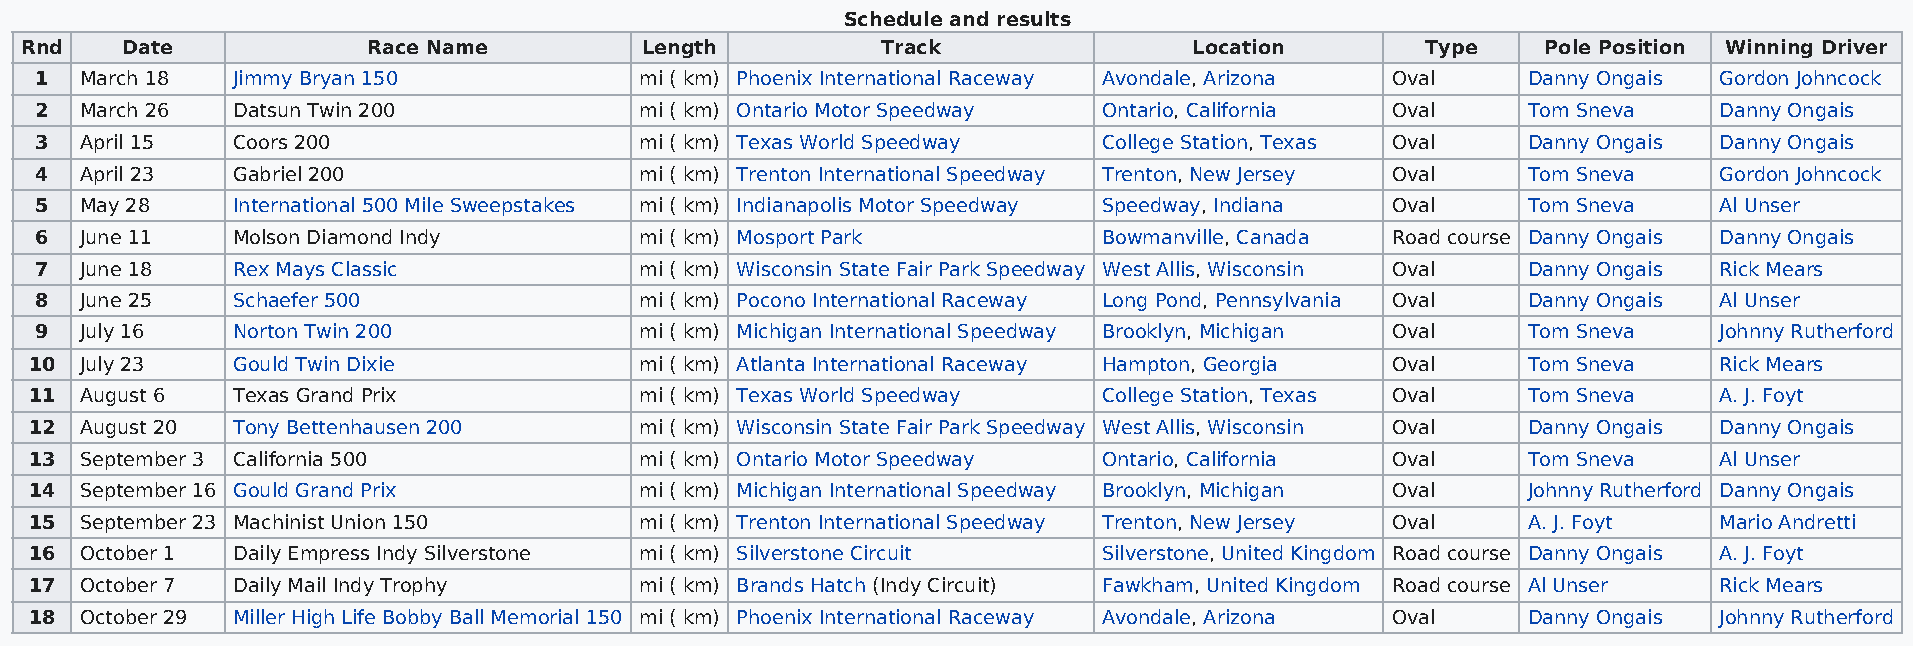
Schedule and results
 Rnd    Date            Race Name         Length          Track                Location       Type    Pole Position Winning Driver
 1  March 18  Jimmy Bryan 150            mi ( km) Phoenix International Raceway Avondale, Arizona Oval Danny Ongais Gordon Johncock
 2  March 26  Datsun Twin 200            mi ( km) Ontario Motor Speedway Ontario, California Oval   Tom Sneva    Danny Ongais
 3  April 15  Coors 200                  mi ( km) Texas World Speedway  College Station, Texas Oval Danny Ongais Danny Ongais
 4  April 23  Gabriel 200                mi ( km) Trenton International Speedway Trenton, New Jersey Oval Tom Sneva Gordon Johncock
 5  May 28    International 500 Mile Sweepstakes mi ( km) Indianapolis Motor Speedway Speedway, Indiana Oval Tom Sneva Al Unser
 6  June 11   Molson Diamond Indy        mi ( km) Mosport Park          Bowmanville, Canada Road course Danny Ongais Danny Ongais
 7  June 18   Rex Mays Classic           mi ( km) Wisconsin State Fair Park Speedway West Allis, Wisconsin Oval Danny Ongais Rick Mears
 8  June 25   Schaefer 500               mi ( km) Pocono International Raceway Long Pond, Pennsylvania Oval Danny Ongais Al Unser
 9  July 16   Norton Twin 200            mi ( km) Michigan International Speedway Brooklyn, Michigan Oval Tom Sneva Johnny Rutherford
 10 July 23   Gould Twin Dixie           mi ( km) Atlanta International Raceway Hampton, Georgia Oval Tom Sneva  Rick Mears
 11 August 6  Texas Grand Prix           mi ( km) Texas World Speedway  College Station, Texas Oval Tom Sneva    A. J. Foyt
 12 August 20 Tony Bettenhausen 200      mi ( km) Wisconsin State Fair Park Speedway West Allis, Wisconsin Oval Danny Ongais Danny Ongais
 13 September 3 California 500           mi ( km) Ontario Motor Speedway Ontario, California Oval   Tom Sneva    Al Unser
 14 September 16 Gould Grand Prix        mi ( km) Michigan International Speedway Brooklyn, Michigan Oval Johnny Rutherford Danny Ongais
 15 September 23 Machinist Union 150     mi ( km) Trenton International Speedway Trenton, New Jersey Oval A. J. Foyt Mario Andretti
 16 October 1 Daily Empress Indy Silverstone mi ( km) Silverstone Circuit Silverstone, United Kingdom Road course Danny Ongais A. J. Foyt
 17 October 7 Daily Mail Indy Trophy     mi ( km) Brands Hatch (Indy Circuit) Fawkham, United Kingdom Road course Al Unser Rick Mears
 18 October 29 Miller High Life Bobby Ball Memorial 150 mi ( km) Phoenix International Raceway Avondale, Arizona Oval Danny Ongais Johnny Rutherford